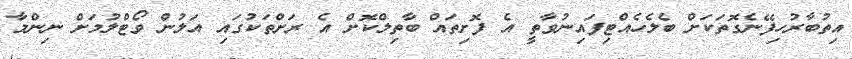
އިތުބާރުހިފޭނެގޮތަކަށް ބެލެހެއްޓިފައިނުވާތީ އެ ފޮށިތައް ބާތިލްކޮށް އެ ރަށްތަކުގައި އަލުން ވޯޓްލުމަށް ނިންމާ